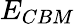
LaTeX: E_{CBM}